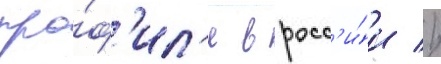
про́ф'ил'я в росс'и́и //